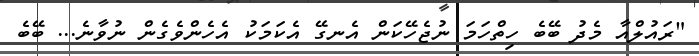
"ރައުލްއާ މެދު ބޭބެ ހިތްހަމަ ނުޖެހޭކަން އެނގޭ އެކަމަކު އެހެންވެގެން ނުވާނެ... ބޭބެ